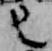
已